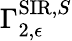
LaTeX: \Gamma_{2,\epsilon}^{\mathrm{SIR},S}